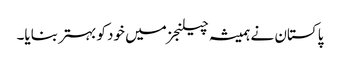
پاکستان نے ہمیشہ چیلنجز میں خود کو بہتر بنایا۔